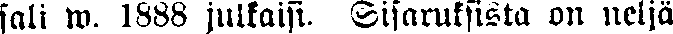
sali w. 1888 julkaisi. Sisaruksista on neljä